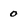
Character: 0